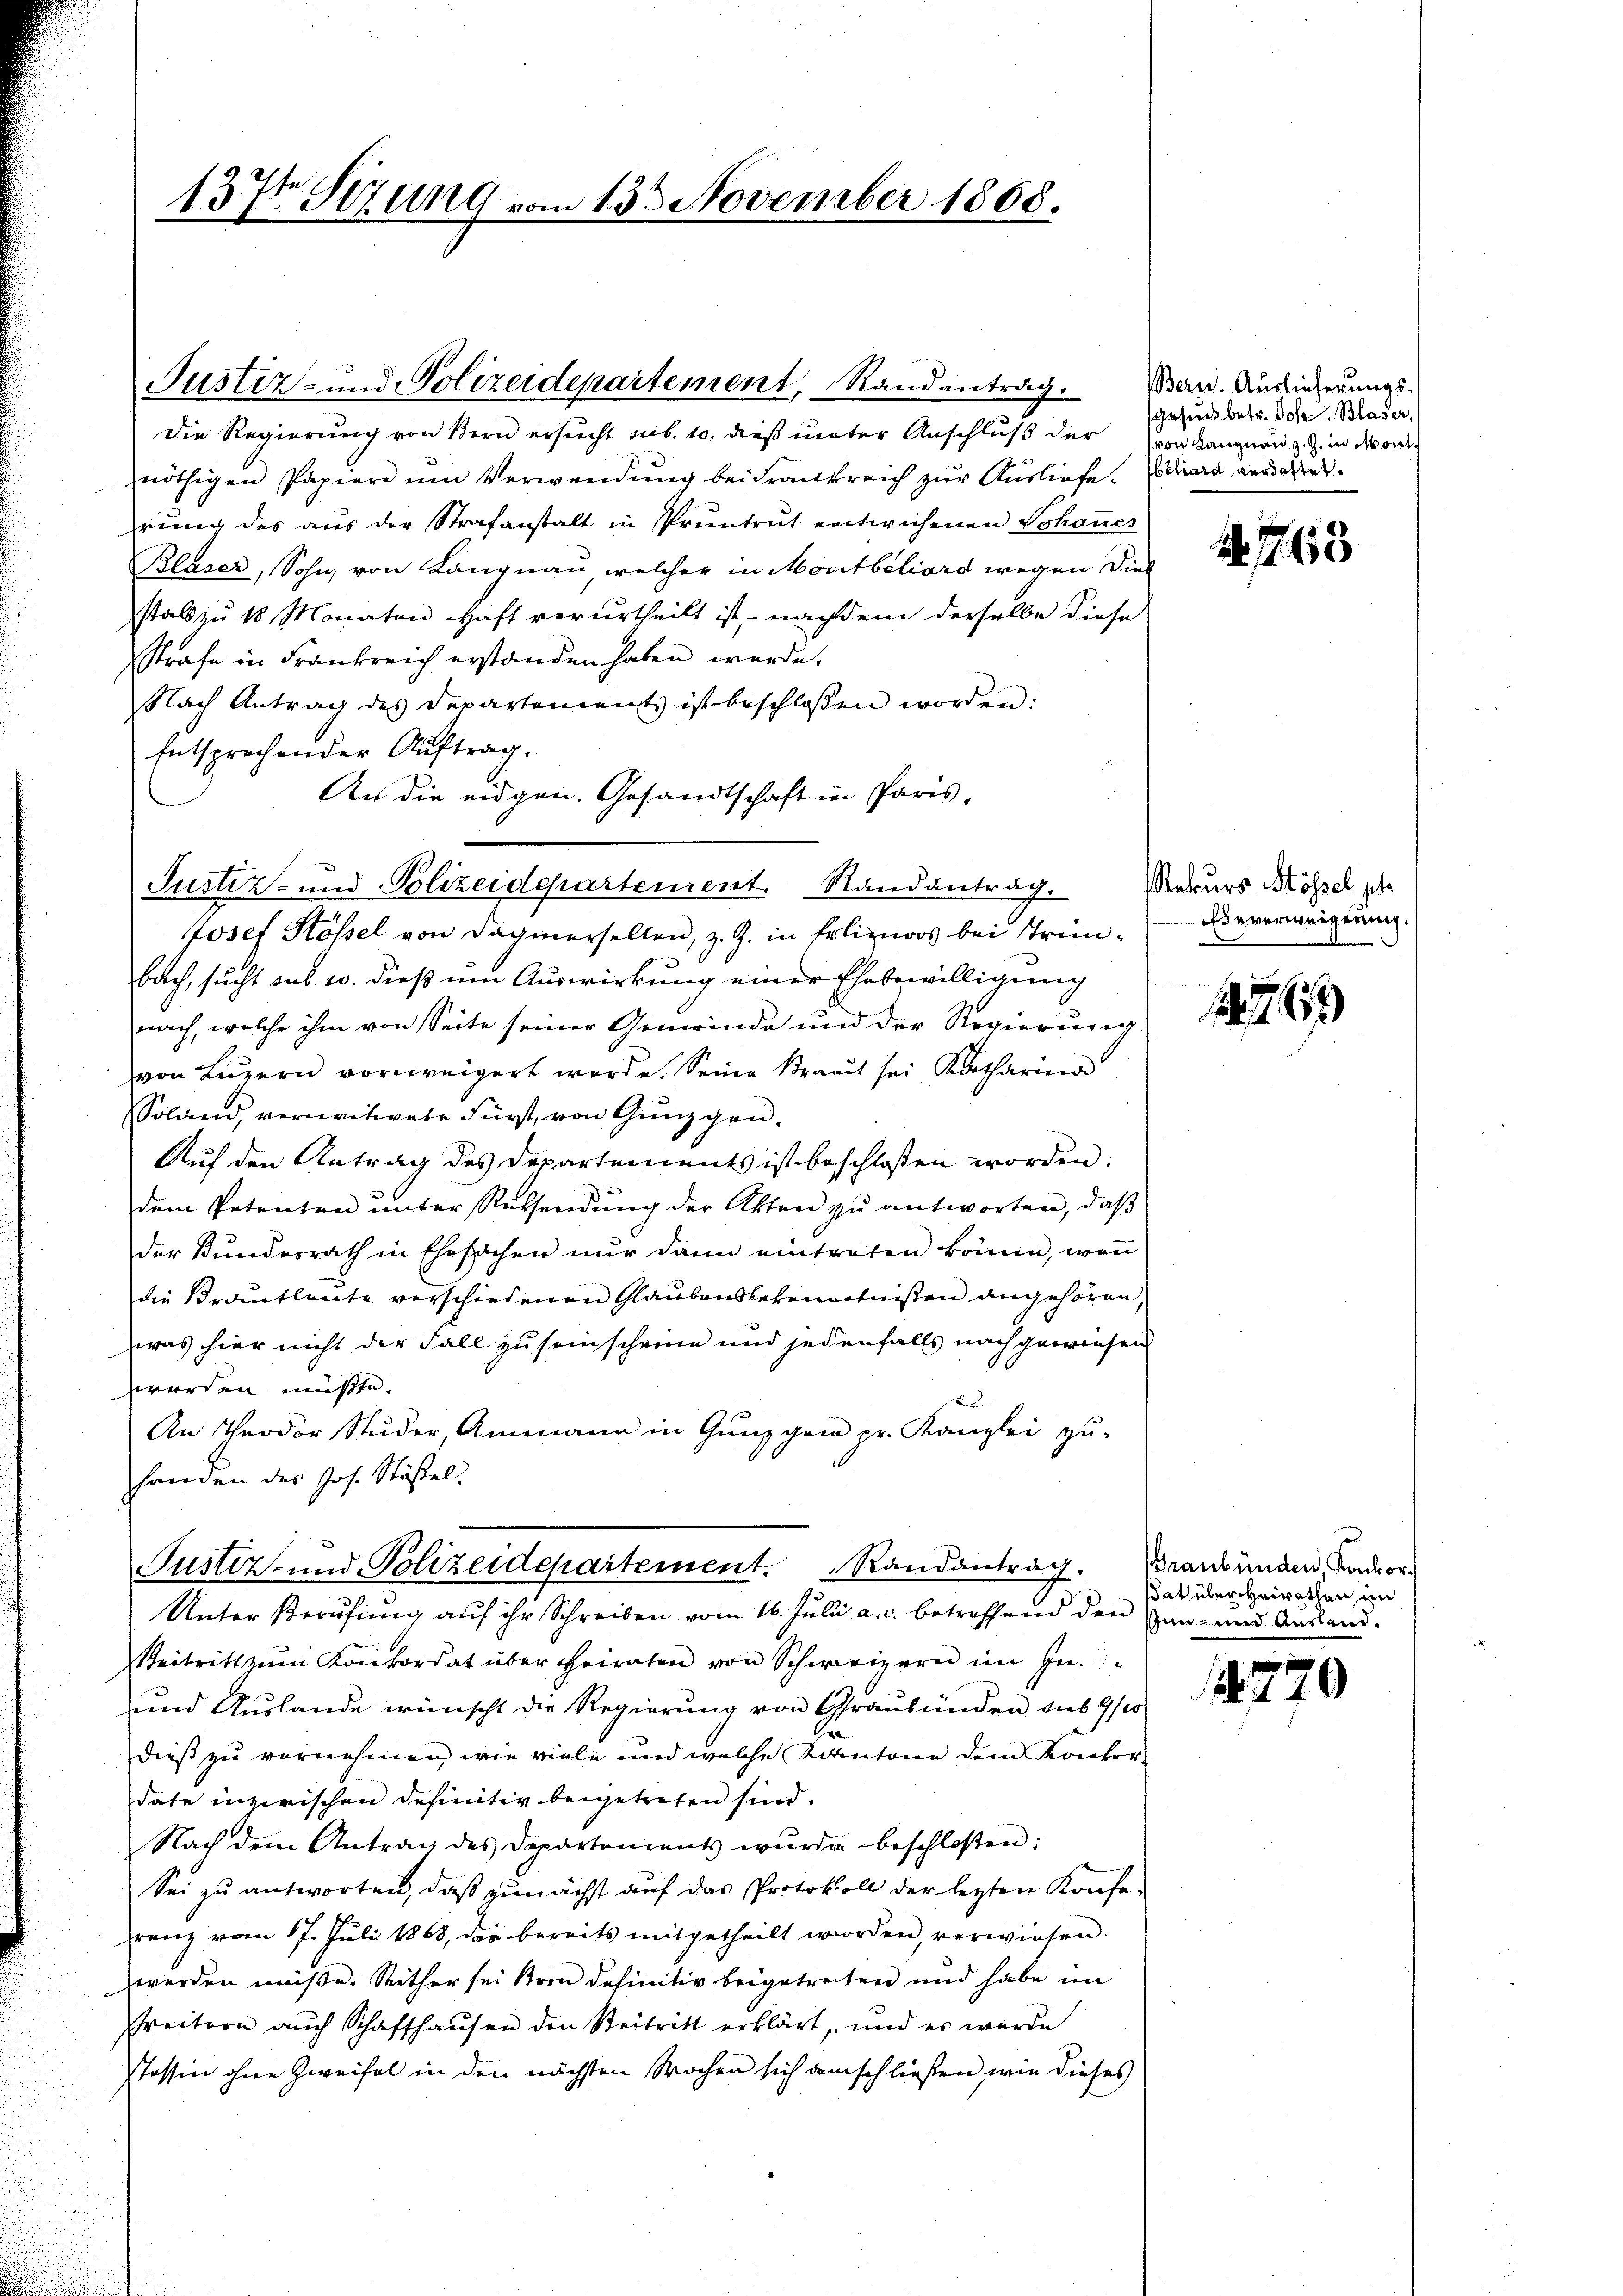
137 Sizung vom 13ten November 1868.

Die Regierung von Bern ersucht sub. 10. dieß unter Anschluß der
nöthigen Papiere um Verwendung bei Frankreich zur Auslieferung des aus der Strafanstalt in Pruntrut entwichenen Schauer
Blaser, Sohn, von Langnau welcher in Montbéliord wegen die-
stalt zu 18 Monaten Haft verurtheilt ist, – nachdem derselbe diese
Strafe in Frankreich erstanden haben würde.
Nach Antrag des Departement ist beschlossen worden:
Entsprechender Auftrag.
An die eidgen. Gesandtschaft in Paris,
Justiz- und Polizeidepartement. Randantrag.
Josef Rossel von dahierselben, z. Z. in Erlinas bei Trinbach, sucht sub. 2. dieß um Auswirkung einer Ehebewilligung
nach, welche ihm von Seite seiner Gemeinde und der Regierung
von Luzern vorweigert werde. Seine Braut sei Katharina
Soland, vereitwete Fürst, von Gunz gen.
Auf den Antrag des Departements ist beschlossen worden:
dem Petenten unter Rücksendung der Akten zu antworten, daß
der Bundesrath in Ehesachen nur dann eintraten könne, wenn
die Brautleute verschiedenen Glaubensbekenntnißen angehören,
was hier nicht der Fall zu seinscheine und jedenfalls nach gewiesen
werden müßte.
An Theodor Studer, Ammann in Günzgen pr. Kanzlei zŭ-
handen des Jos. Stößel,
Justiz- und Polizeidepartement. Randantrag. Braubünden, Konkor¬
Unter Berufung auf ihr Schreiben vom 16. Juli a. c. betreffend den an und Ausland¬
Beitritt zŭm Konkordat über Heiraten von Schweizern im In-
und Auslande wünscht die Regierung von Graubünden sub 9/10
dieß zu vornehmen, wie viele und welche Kantone dem Konkordate inzwischen definitiv beigetreten sind.
Nach dem Antrag des Departements wŭrde beschloßen:
Sei zŭ antworten, daβ zŭnächst aŭf das Protokoll der letzten Konfe-
renz vom 17. Juli 1868, der bereits mitgetheilt worden, verwiesen.
werden müße. Reither sei Bern definitiv beigetreten und habe im
reitern auch Schaffhausen den Beitritt erklärt, und es werde
Stossen ohne Zweifel in den nächsten Wochen sich anschließen, wie dieses

Justiz- und Polizeidepartement, Randantrag.

Bern. Auslieferungs-
sgesuch betr. Joh. Blaser,
von Langnen z. Z. in Mont
beliard verdachtet.

1. 763

Rekurs Mössel st
Ebeverweigerung.

1799

sat über Heirathen im

4720